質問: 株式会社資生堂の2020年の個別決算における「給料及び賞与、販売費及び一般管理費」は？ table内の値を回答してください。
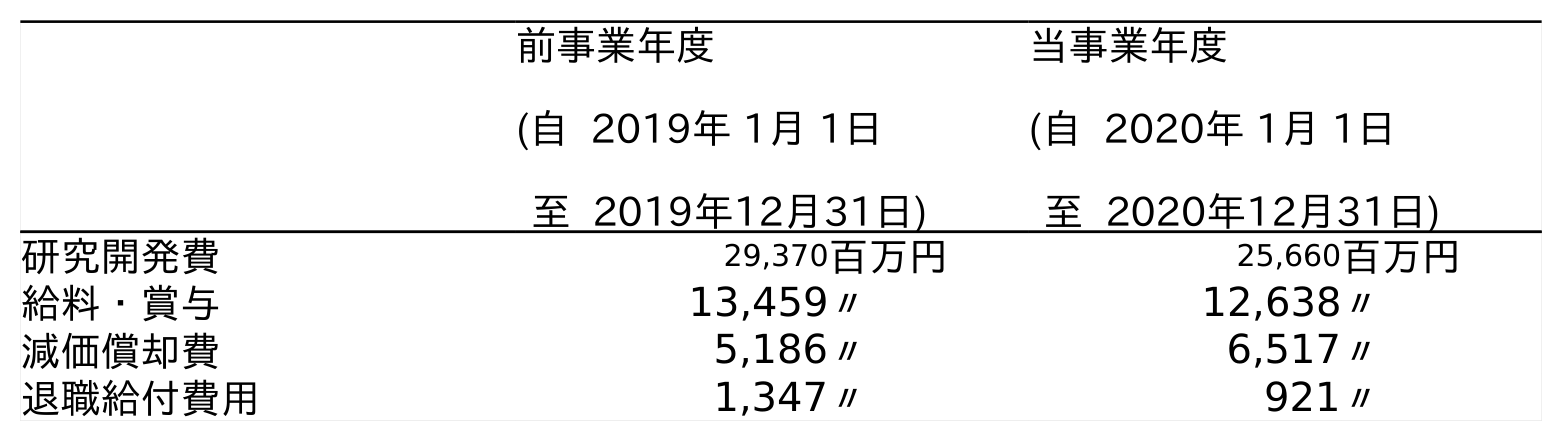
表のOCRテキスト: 前事業年度 (自 2019年 1月 1日 至 2019年12月31日) 当事業年度 (自 2020年 1月 1日 至 2020年12月31日) 研究開発費 29,370百万円 25,660百万円 給料・賞与 13,459〃 12,638〃 減価償却費 5,186〃 6,517〃 退職給付費用 1,347〃 921〃
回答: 12,638